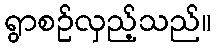
ရွာစဉ်လှည့်သည်။